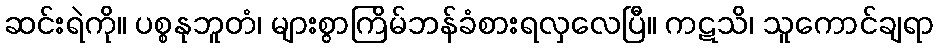
ဆင်းရဲကို။ ပစ္စနုဘူတံ၊ များစွာကြိမ်ဘန်ခံစားရလှလေပြီ။ ကဋသိ၊ သူကောင်ချရာ